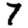
Digit: 7